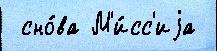
 сно́ва М'и́сс'иjа